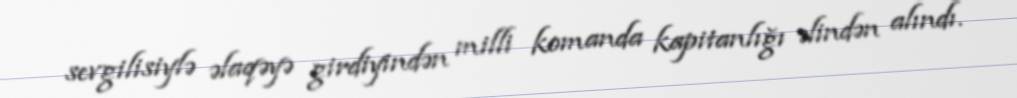
sevgilisiylə əlaqəyə girdiyindən milli komanda kapitanlığı əlindən alındı.